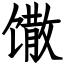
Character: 馓